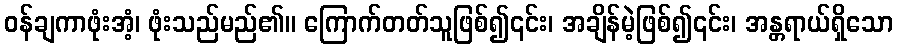
ဝန်ချကာဖုံးအံ့၊ ဖုံးသည်မည်၏။ ကြောက်တတ်သူဖြစ်၍၎င်း၊ အချိန်မဲ့ဖြစ်၍၎င်း၊ အန္တရာယ်ရှိသော